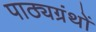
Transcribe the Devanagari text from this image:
पाठ्यग्रंथों